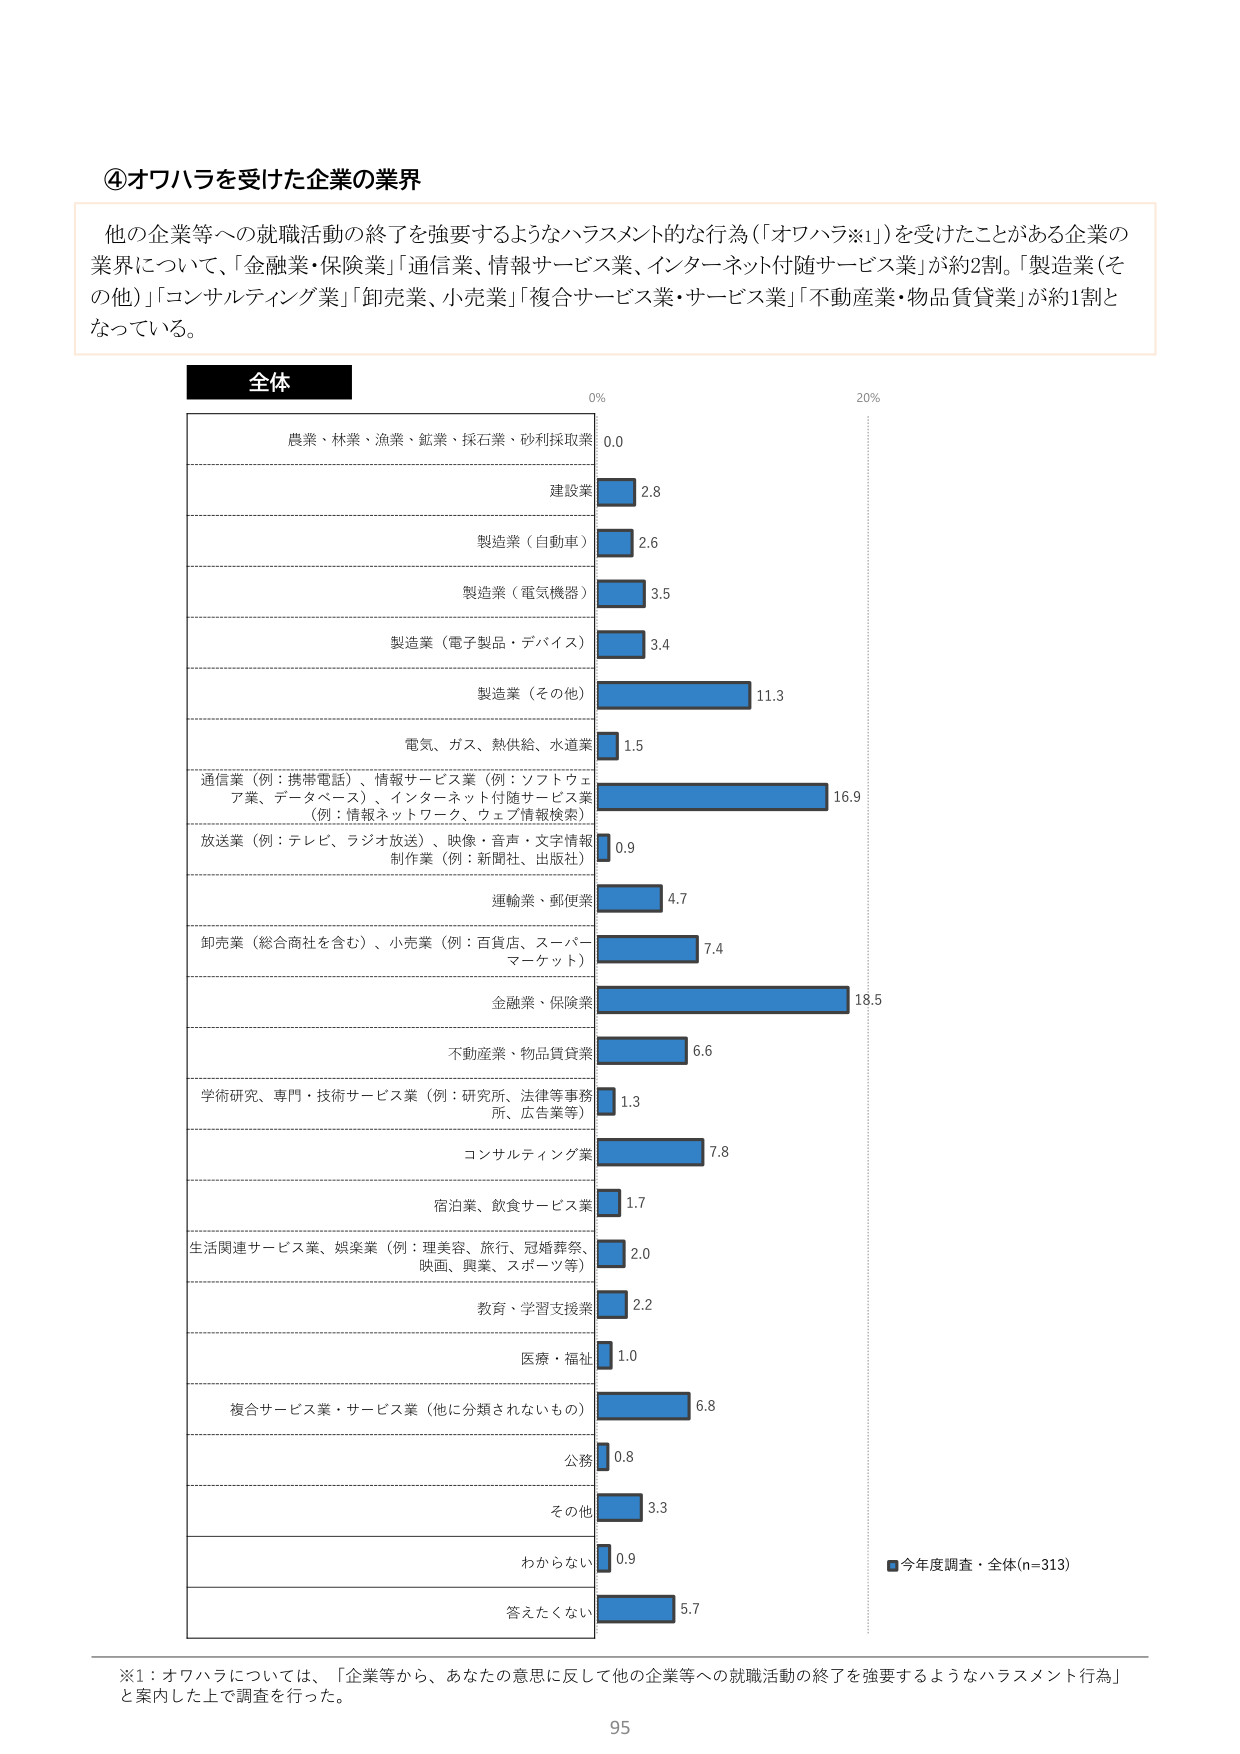
④オワハラを受けた企業の業界

他の企業等への就職活動の終了を強要するようなハラスメント的な行為（「オワハラ※1」）を受けたことがある企業の業界について、「金融業・保険業」「通信業、情報サービス業、インターネット付随サービス業」が約2割。「製造業（その他）」「コンサルティング業」「卸売業、小売業」「複合サービス業・サービス業」「不動産業・物品賃貸業」が約1割となっている。

全体

農業・林業・漁業・鉱業・採石業・砂利採取業 0.0
建設業 2.8
製造業（自動車） 2.6
製造業（電気機器） 3.5
製造業（電子製品・デバイス） 3.4
製造業（その他） 11.3
電気、ガス、熱供給、水道業 1.5
通信業（例：携帯電話）、情報サービス業（例：ソフトウェア業、データベース）、インターネット付随サービス業（例：情報ネットワーク、ウェブ情報検索） 16.9
放送業（例：テレビ、ラジオ放送）、映像・音声・文字情報制作業（例：新聞社、出版社） 0.9
運輸業、郵便業 4.7
卸売業（総合商社を含む）、小売業（例：百貨店、スーパーマーケット） 7.4
金融業、保険業 18.5
不動産業、物品賃貸業 6.6
学術研究、専門・技術サービス業（例：研究所、法律等事務所、広告業等） 1.3
コンサルティング業 7.8
宿泊業、飲食サービス業 1.7
生活関連サービス業、娯楽業（例：理美容、旅行、冠婚葬祭、映画、興業、スポーツ等） 2.0
教育、学習支援業 2.2
医療・福祉 1.0
複合サービス業・サービス業（他に分類されないもの） 6.8
公務 0.8
その他 3.3
わからない 0.9
答えたくない 5.7

■今年度調査・全体(n=313)

※1：オワハラについては、「企業等から、あなたの意思に反して他の企業等への就職活動の終了を強要するようなハラスメント行為」と案内した上で調査を行った。

95